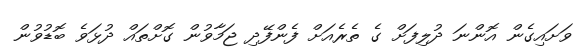
ވަށައިގެން އޮންނަ ދުލިފަށް ގެ ތެރެއަށް ފެންފޭދި ޖަމާވުން ގޮށްތައް ދުޅަވެ ބޮޑުވުން